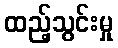
ထည့်သွင်းမှု